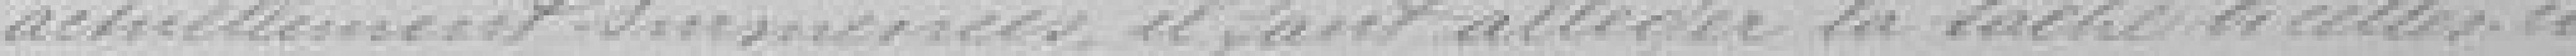
actuellement surmenées, il faut alléger la tâche de celles-ci.